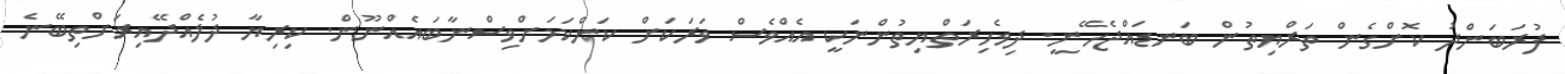
ފުރަބަންދު ކޮށްގެން ތަރްޔިތުން ބަނޑައްޖެހޭނީ. ދިވެހިރަތްޔިތުންނަކީ އެއްވެސް ވަރަކަށް ކަންކަމަށްވިސްނާބައެއްނޫން. ކިރިޔާ ދުލެއްދޭއިރަށްތިބޭނެ